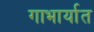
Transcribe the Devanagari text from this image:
गाभार्यात